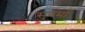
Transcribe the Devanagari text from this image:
सुवर्मा